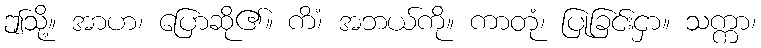
ဤသို့။ အာဟ၊ ပြောဆို၏။ ကိံ၊ အဘယ်ကို။ ကာတုံ၊ ပြုခြင်းငှာ။ သက္ကာ၊